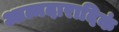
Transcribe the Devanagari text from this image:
आत्मदारादिकं